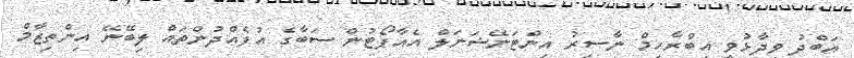
އަބްދު ވިދާޅުވީ އިބްރާހިމް ނާސިރު އިންޓަނޭޝަނަލް އެއާޕޯޓުން ސަބާގެ އުފެއްދުންތައް ލިބޭނޭ އިންތިޒާމް